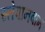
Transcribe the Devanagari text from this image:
स्तेपानवान